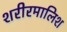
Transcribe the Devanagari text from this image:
शरीरमालिश